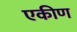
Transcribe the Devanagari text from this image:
एकीण